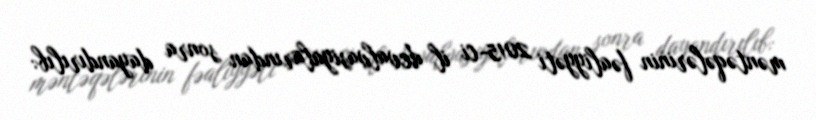
məntəqələrinin fəaliyyəti 2015-ci il devalvasiyalarından sonra dayandırılıb: